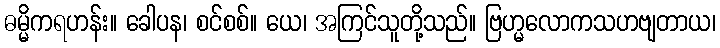
ဓမ္မိကရဟန်း။ ခေါပန၊ စင်စစ်။ ယေ၊ အကြင်သူတို့သည်။ ဗြဟ္မလောကသဟဗျတာယ၊